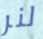
لنر